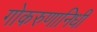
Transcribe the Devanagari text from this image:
गोकरुणानिधी